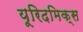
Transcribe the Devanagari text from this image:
यूरिदमिक्स